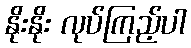
နိုးနိုး လုပ်ကြည့်ပါ